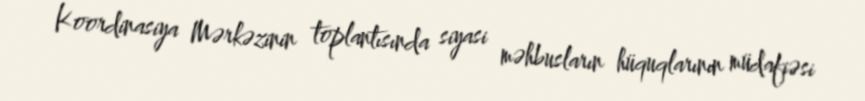
Koordinasiya Mərkəzinin toplantısında siyasi məhbusların hüquqlarının müdafiəsi